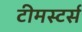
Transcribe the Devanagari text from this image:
टीमस्टर्स